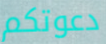
دعوتكم